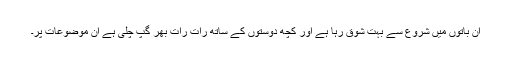
ان باتوں میں شروع سے بہت شوق رہا ہے اور کچھ دوستوں کے ساتھ رات رات بھر گپ چلی ہے ان موضوعات پر۔